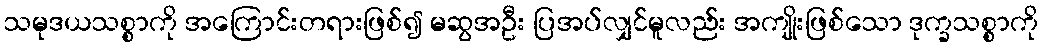
သမုဒယသစ္စာကို အကြောင်းတရားဖြစ်၍ မဆွအဦး ပြအပ်လျှင်မူလည်း အကျိုးဖြစ်သော ဒုက္ခသစ္စာကို